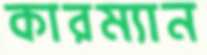
কারম্যান